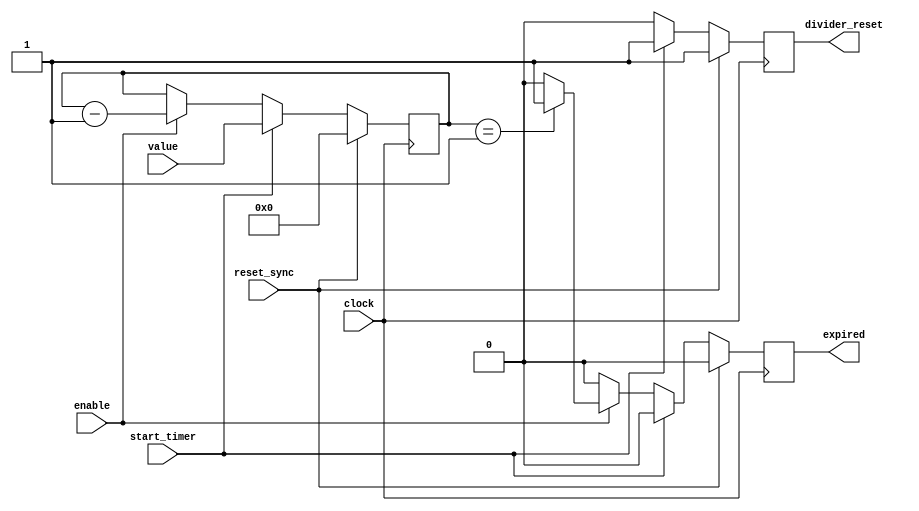
`timescale 1ns / 1ps
//////////////////////////////////////////////////////////////////////////////////
// Company: 
// Engineer: 
// 
// Design Name: 
// Module Name:    Timer 
// Project Name: 
// Target Devices: 
// Tool versions: 
// Description: 
//
// Dependencies: 
//
// Revision: 
// Revision 0.01 - File Created
// Additional Comments: 
//
//////////////////////////////////////////////////////////////////////////////////
module Timer(clock, reset_sync, enable, value, start_timer, expired, divider_reset);
	input clock;
	input reset_sync;
	input enable;
	input start_timer;
	input[3:0] value;
	output expired;
	output divider_reset;
	reg expired; 			//true/false value
	reg divider_reset; 	//true/false value
	
	reg[3:0] seconds_to_expire;	//this register keeps a countdown
	
	always @(posedge clock)
		begin
			expired <=0; //time is not expired
			divider_reset <= 0; // false (don't have to reset)
			
			if(reset_sync) //if system reset command is true
				begin
					divider_reset <= 1;
					expired <= 0;
					seconds_to_expire <= 0;
				end
			else if(start_timer) //start timer by FSM.
				begin
					divider_reset <= 1;
					seconds_to_expire <= value;
				end
			else if(enable)
				begin
					if(seconds_to_expire == 4'd1)
						expired <= 1;
					else
						expired <= 0;
					seconds_to_expire <= seconds_to_expire - 1;
				end
			
		end

endmodule